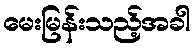
မေးမြန်းသည့်အခါ